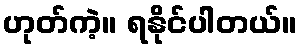
ဟုတ်ကဲ့။ ရနိုင်ပါတယ်။